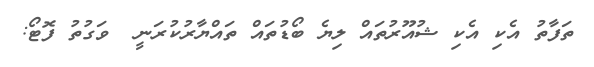
ތަފާތު އެކި އެކި ޝުއޫރުތައް ލިޔެ ބޯޑުތައް ތައްޔާރުކުރަނީ  ވަގުތު ފޮޓޯ: